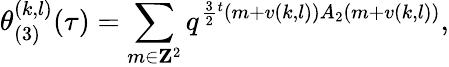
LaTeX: \theta_{(3)}^{(k,l)}(\tau)=\sum_{m\in{\mathbf Z}^{2}}q^{\frac{3}{2}{}^{t}(m+v(k,l))A_{2}(m+v(k,l))},